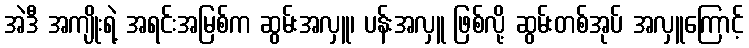
အဲဒီ အကျိုးရဲ့ အရင်းအမြစ်က ဆွမ်းအလှူ၊ ပန်းအလှူ ဖြစ်လို့ ဆွမ်းတစ်အုပ် အလှူကြောင့်